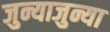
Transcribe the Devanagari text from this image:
जुन्याजुन्या